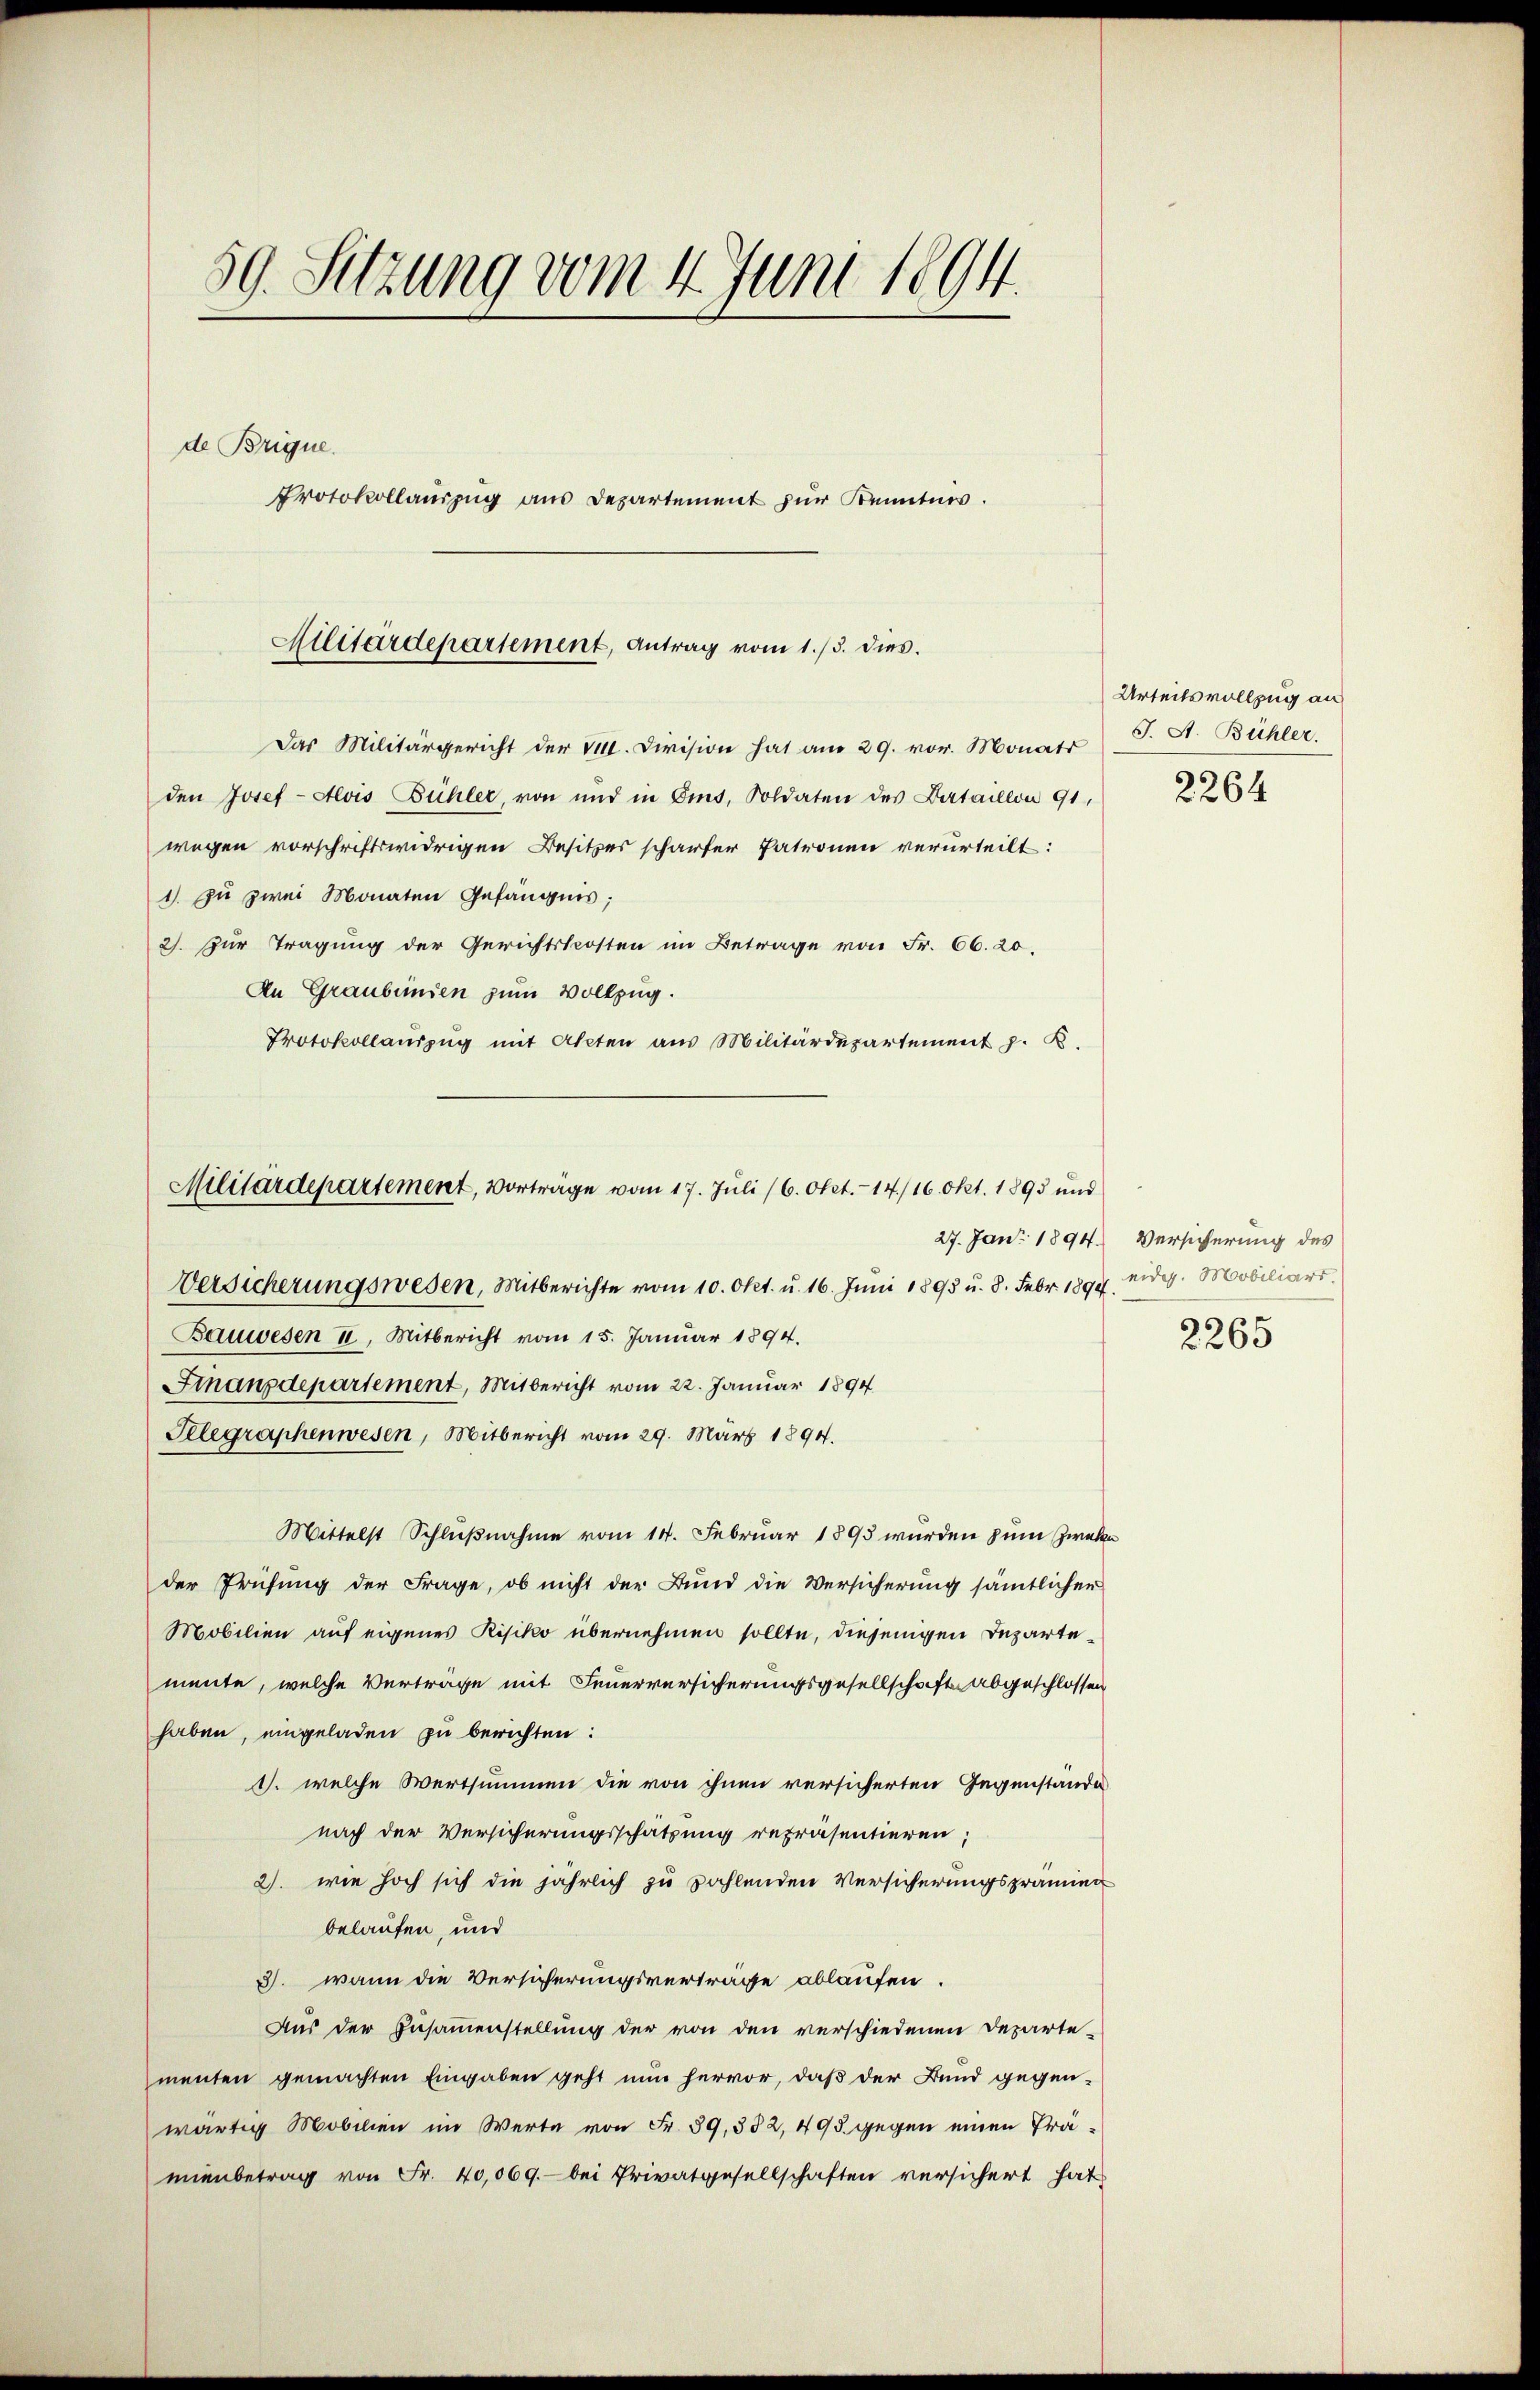
59. Sitzung vom 4. Juni 1894.

de Brique.
Protokollauszug aus Departement zur Kenntnis.

Das Militärgericht der 111. Division hat am 29. vor. Monats
den Josef-Alvis Bühler, von und in Eis, Soldaten des Bataillon 91,
wegen vorschriftswidrigen Besitzes schärfer Patronen verurteilt:
1. zu zwei Monaten Gefängnis;
2. Zur Tragung der Gerichtskosten im Betrage von Fr. 66. 20.
An Graubünden zum Vollzug.
Protokollauszug mit Akten aus Militärdepartement z. B.

Allitärdepartement, Antrag vom 1. /3. dies.

Militärdepartement, Vortrage vom 17. Juli (6. Okt. - 14/16. Okt. 1895 und

27. Jan. 1894.
Versicherungswesen, Mitberichte vom 10. Okt. u. 16. Juni 1893 u. 8. Febr. 1894.
Bauwesen II. Mitbericht vom 15. Januar 1894.
Finanzdepartement, Mitbericht vom 22. Januar 1894
Elegraphenwesen, Mitbericht vom 29. März 1894.
Mittelst Schlußnahme vom 14. Februar 1893 wurden zum Zwecke
der Prüfung der Frage, ob nicht der Bund die Versicherung sämtlicher
Mobilien auf eigenes Risiko übernehmen sollte, diejenigen Inzartemente, welche Verträge mit Feuerversicherungsgesellschaft abgeschlossen
haben, eingeladen zu berichten:
1. welche Wertsummen die von ihnen versicherten Gegenstände
nach der Versicherungsschatzung repräsentieren;
2. wie hoch sich die jährlich zu zahlenden Versicherungspräume
belaufen, und
3. wann die Versicherungsvertrage ablaufen.
Aus der Zusammenstellung der von den verschiedenen Departe-
menten gemachten Eingaben geht nun hervor, daß der Bund gegen-
wärtig Mobilien im Werte von Fr. 39, 332, 495. gegen einen Prämienbetrag von Fr. 40,069.- bei Privatgesellschaften versichert hat

Urteilsvollzug an
J. A. Bühler.
2264

Versicherung des
eidg. Mobiliars.

2265